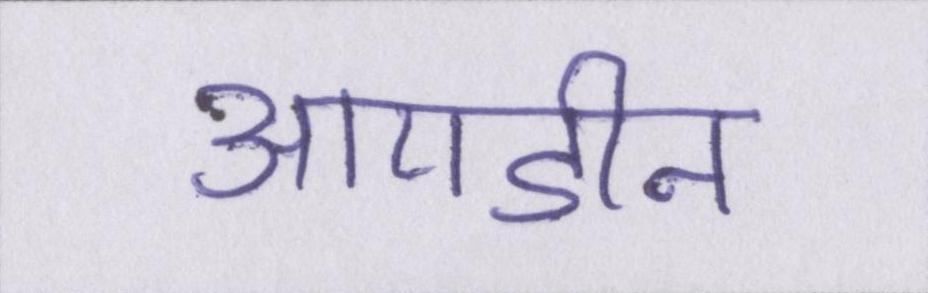
आयडीन